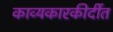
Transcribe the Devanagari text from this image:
काव्यकारकीर्दीत